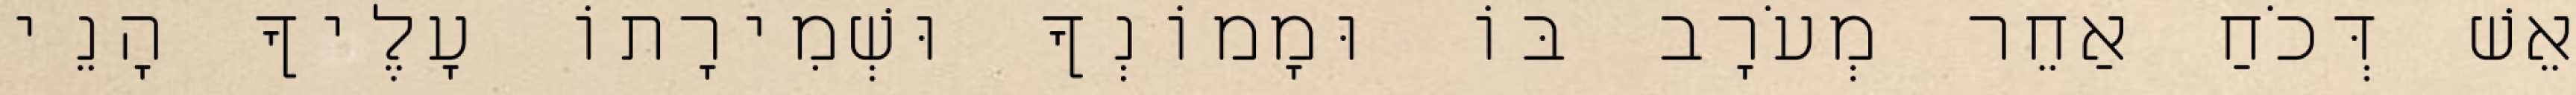
אֵשׁ דְּכֹחַ אַחֵר מְעֹרָב בּוֹ וּמָמוֹנְךָ וּשְׁמִירָתוֹ עָלֶיךָ הָנֵי